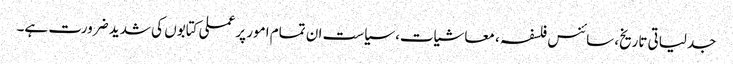
جدلیاتی تاریخ، سائنس فلسفہ ، معاشیات، سیاست ان تمام امور پر عملی کتابوں کی شدید ضرورت ہے۔